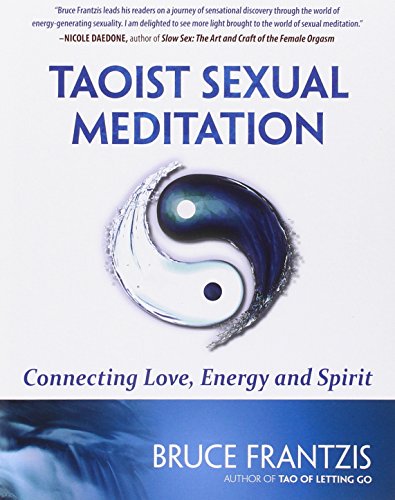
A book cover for Taoist Sexual Meditation: Connecting Love, Energy and Spirit; Bruce Frantzis; Health, Fitness & Dieting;